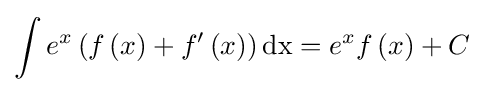
\int {e^{x}\left(f\left(x\right)+f'\left(x\right)\right){\text{dx}}}=e^{x}f\left(x\right)+C